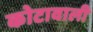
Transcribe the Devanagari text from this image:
कोटावाली